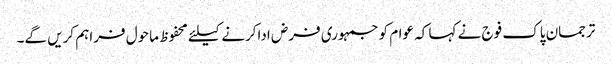
ترجمان پاک فوج نے کہا کہ عوام کوجمہوری فرض اداکرنے کیلئے محفوظ ماحول فراہم کریں گے۔